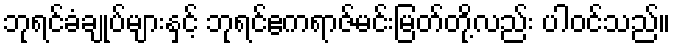
ဘုရင်ခံချုပ်များနှင့် ဘုရင်ဧကရာဇ်မင်းမြတ်တို့လည်း ပါဝင်သည်။